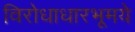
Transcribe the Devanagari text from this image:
विरोधाधारभूमये